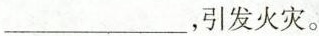
___，引发火灾。